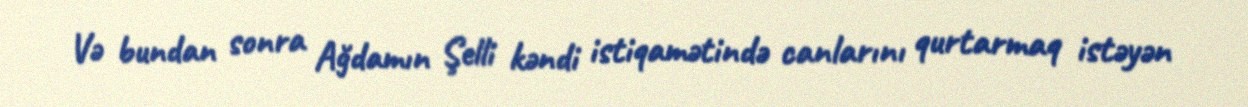
Və bundan sonra Ağdamın Şelli kəndi istiqamətində canlarını qurtarmaq istəyən